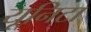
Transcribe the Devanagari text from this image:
यूनिटा